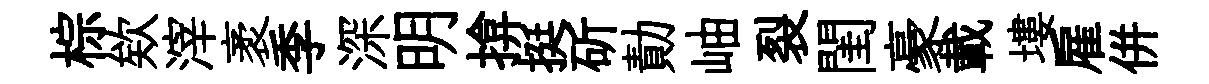
棕欸滓袤季深明揜挺斫勣岫裂閨豪載塿雇併